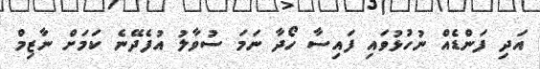
އަދި ފަންޑެއް ނުހުޅުވައި ފައިސާ ހޯދާ ނަމަ ސުވާލު އުފެދޭނެ ކަމަށް ނާޒިމް